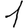
Digit: 1